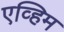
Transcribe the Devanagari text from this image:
एव्हिम